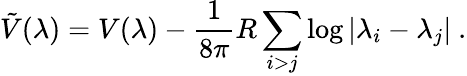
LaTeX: \tilde{V}(\lambda)=V(\lambda)-\frac{1}{8\pi}R\sum_{i>j}\log|\lambda_{i}-\lambda_{j}|~.